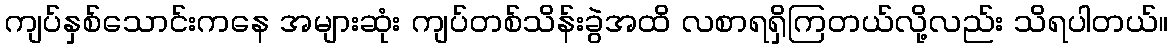
ကျပ်နှစ်သောင်းကနေ အများဆုံး ကျပ်တစ်သိန်းခွဲအထိ လစာရရှိကြတယ်လို့လည်း သိရပါတယ်။